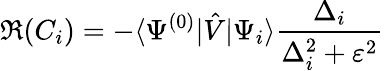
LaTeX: \Re(C_{i})=-\langle\Psi^{(0)}|\hat{V}|\Psi_{i}\rangle\frac{\Delta_{i}}{\Delta_{i}^{2}+\varepsilon^{2}}